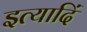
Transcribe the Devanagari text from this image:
इत्यादिं